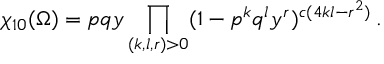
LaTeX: \chi _ { 1 0 } ( \Omega ) = p q y \prod _ { ( k , l , r ) > 0 } ( 1 - p ^ { k } q ^ { l } y ^ { r } ) ^ { c ( 4 k l - r ^ { 2 } ) } \, .